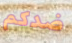
ضدكم